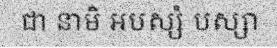
ជា នាមិ អបស្សំ បស្សា